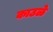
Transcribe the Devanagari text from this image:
काउळे